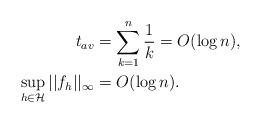
LaTeX: \begin{align*}t_{av} &= \sum_{k=1}^n \dfrac{1}{k} = O(\log n), \\\sup_{h \in \mathcal{H}}||f_h||_{\infty} &= O(\log n).\end{align*}